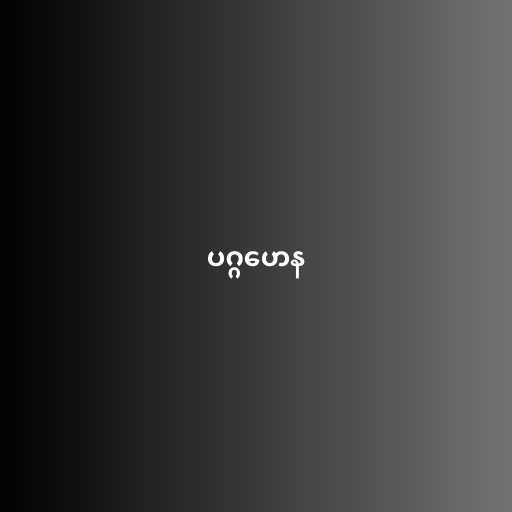
ပဂ္ဂဟေန